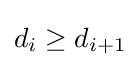
d_{i}\geq d_{i+1}